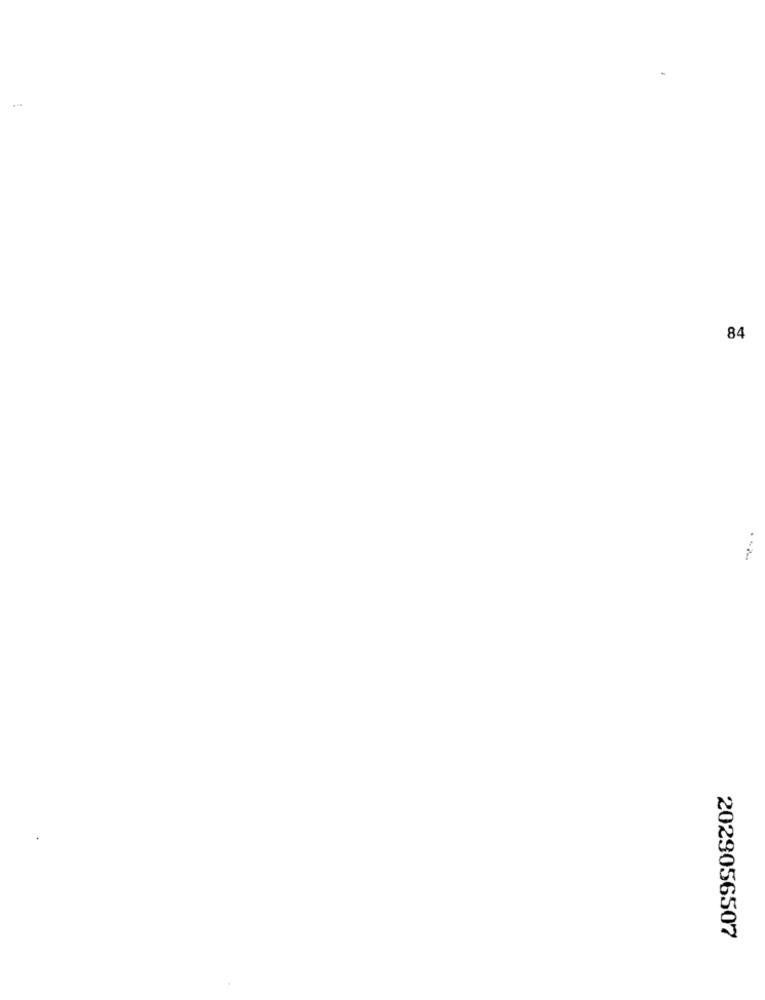
84
2029056507